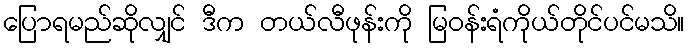
ပြောရမည်ဆိုလျှင် ဒီက တယ်လီဖုန်းကို မြဝန်းရံကိုယ်တိုင်ပင်မသိ။